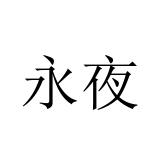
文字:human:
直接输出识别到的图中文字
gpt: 永夜